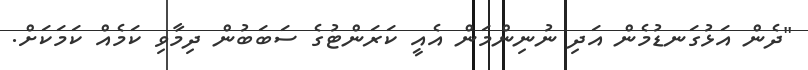
"ދެން އަޅުގަނޑުމެން އަދި ނުނިންމަން އެއީ ކަރަންޓުގެ ސަބަބުން ދިމާވި ކަމެއް ކަމަކަށް.